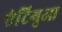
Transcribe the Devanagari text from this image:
एंटिगुआ